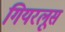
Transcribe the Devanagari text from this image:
गियरलूस